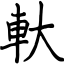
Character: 軑